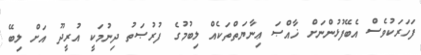
ފަހަރަކުވެސް އެބޭފުޅުންނަށް ޚާއްޞަ ޢިނާޔަތްތަކެއް ލިބުމުގެ ފުރުޞަތު ދިނުމަކީ އުރީދޫ އަށް ލިބޭ